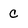
Character: C